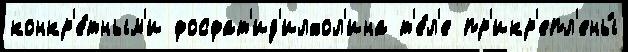
конкр'е́тным'и фосфат'ид'илхол'ина т'е́л'е пр'икр'епл'ены́